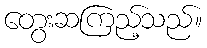
တွေးဆကြည့်သည်။